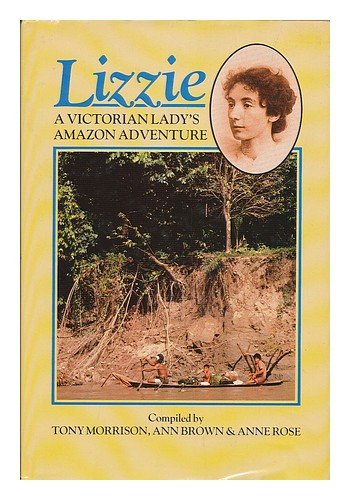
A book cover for Lizzie: A Victorian Lady's Amazon Adventure; Tony Morrison; Travel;